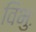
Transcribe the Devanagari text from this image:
विभुः